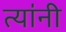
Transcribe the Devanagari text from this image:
त्या॑नी